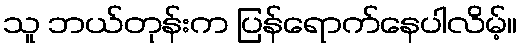
သူ ဘယ်တုန်းက ပြန်ရောက်နေပါလိမ့်။